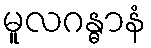
မူလဂန္ဓာနံ